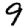
Digit: 9